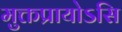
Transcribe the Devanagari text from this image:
मुक्तप्रायोऽसि